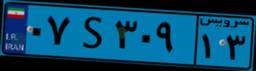
۰۷S۳۰۰۲۵